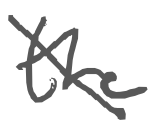
Text: the
Cross-out: diagonal
Writing tool: digital_gray